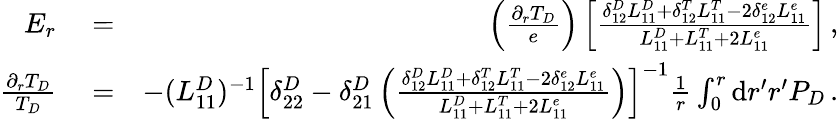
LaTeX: \begin{array}{rlr}{E_{r}}&{{}=}&{\left(\frac{\partial_{r}T_{D}}{e}\right)\left[\frac{\delta_{12}^{D}L_{11}^{D}+\delta_{12}^{T}L_{11}^{T}-2\delta_{12}^{e}L_{11}^{e}}{L_{11}^{D}+L_{11}^{T}+2L_{11}^{e}}\right]\, ,}\\ {\frac{\partial_{r}T_{D}}{T_{D}}}&{{}=}&{-(L_{11}^{D})^{-1}\left[\delta_{22}^{D}-\delta_{21}^{D}\left(\frac{\delta_{12}^{D}L_{11}^{D}+\delta_{12}^{T}L_{11}^{T}-2\delta_{12}^{e}L_{11}^{e}}{L_{11}^{D}+L_{11}^{T}+2L_{11}^{e}}\right)\right]^{-1}\frac{1}{r}\int_{0}^{r}\mathrm{d}r^{\prime}r^{\prime}P_{D}\, .}\end{array}